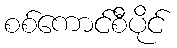
စစ်ကောင်စီပိုင်